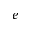
e